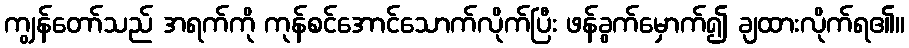
ကျွန်တော်သည် အရက်ကို ကုန်စင်အောင်သောက်လိုက်ပြီး ဖန်ခွက်မှောက်၍ ချထားလိုက်ရ၏။